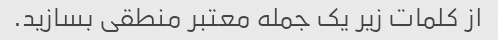
از کلمات زیر یک جمله معتبر منطقی بسازید.